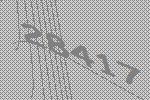
28417